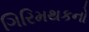
ગિરિમથકનો